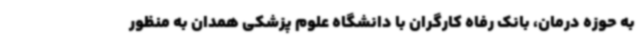
به حوزه درمان، بانک رفاه کارگران با دانشگاه علوم پزشکی همدان به منظور